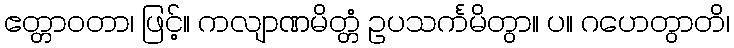
ဧတ္တာဝတာ၊ ဖြင့်။ ကလျာဏမိတ္တံ ဥပသင်္ကမိတွာ။ ပ။ ဂဟေတွာတိ၊